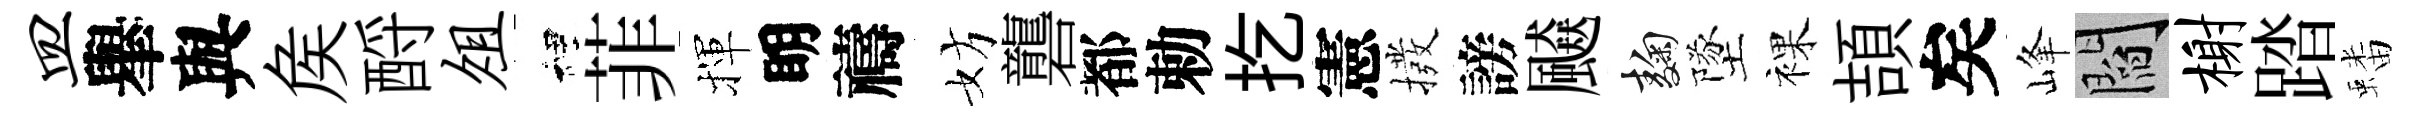
皿𦦙與矦酹俎裡菲揮眀禱妨礱都勅扢憲撥謗飇麹墜裸頡矣峰閻榭踏蟠